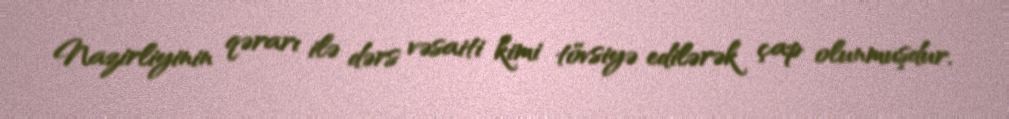
Nazirliyinin qərarı ilə dərs vəsaiti kimi tövsiyə edilərək çap olunmuşdur.